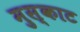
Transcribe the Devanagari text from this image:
मुस्काट